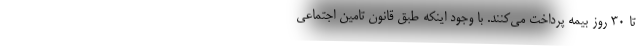
تا ۳۰ روز بیمه پرداخت می‌کنند. با وجود اینکه طبق قانون تامین اجتماعی